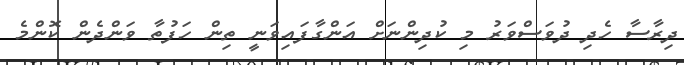
ދިރާސާ ހެދި ދުވަސްވަރު މި ކުދިންނަށް އަންގާފައިވަނީ ތިން ހަފުތާ ވަންދެން ކޮންމެ